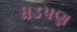
ધડપણ